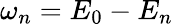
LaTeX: \omega_{n}=E_{0}-E_{n}